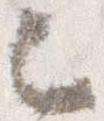
之